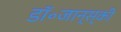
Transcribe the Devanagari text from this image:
डॉ॰जान्स्की